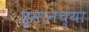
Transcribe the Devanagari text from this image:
घुमानच्या